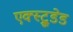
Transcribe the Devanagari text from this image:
एक्स्ट्रूडेड